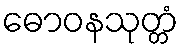
ဓောဝနသုတ္တံ